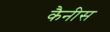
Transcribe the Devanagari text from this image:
कैनीस